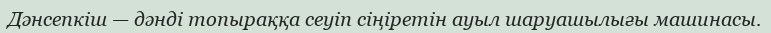
Дәнсепкіш — дәнді топыраққа сеуіп сіңіретін ауыл шаруашылығы машинасы.